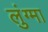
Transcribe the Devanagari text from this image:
लुंग्मा